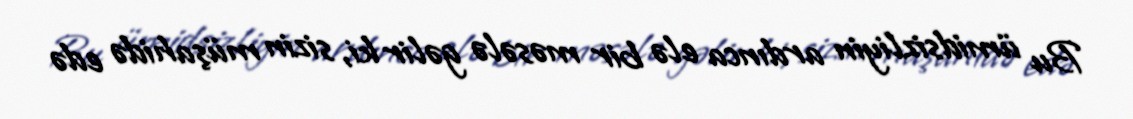
Bu ümidsizliyin ardınca elə bir məsələ gəlir ki, sizin müşahidə edə